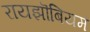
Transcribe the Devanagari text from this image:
रायझॊबियम